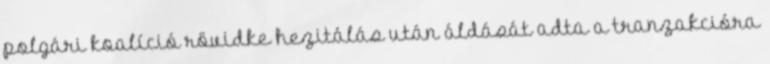
polgári koalíció rövidke hezitálás után áldását adta a tranzakcióra